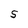
Character: S